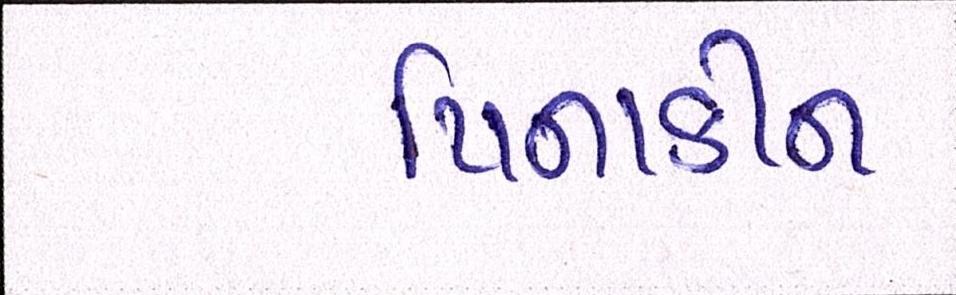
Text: પિનાકીન